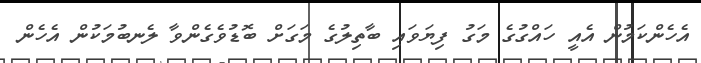
އެހެންކަމުން އެއީ ހައްގުގެ މަގު ފިޔަވައި ބާތިލުގެ މަގަށް ބޮޑުވެގެންވާ ލެނބުމަކުން އެހެން